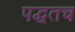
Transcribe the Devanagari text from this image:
पद्धतच